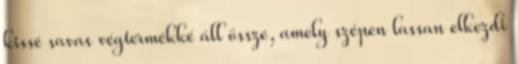
kissé savas végtermékké áll össze, amely szépen lassan elkezdi